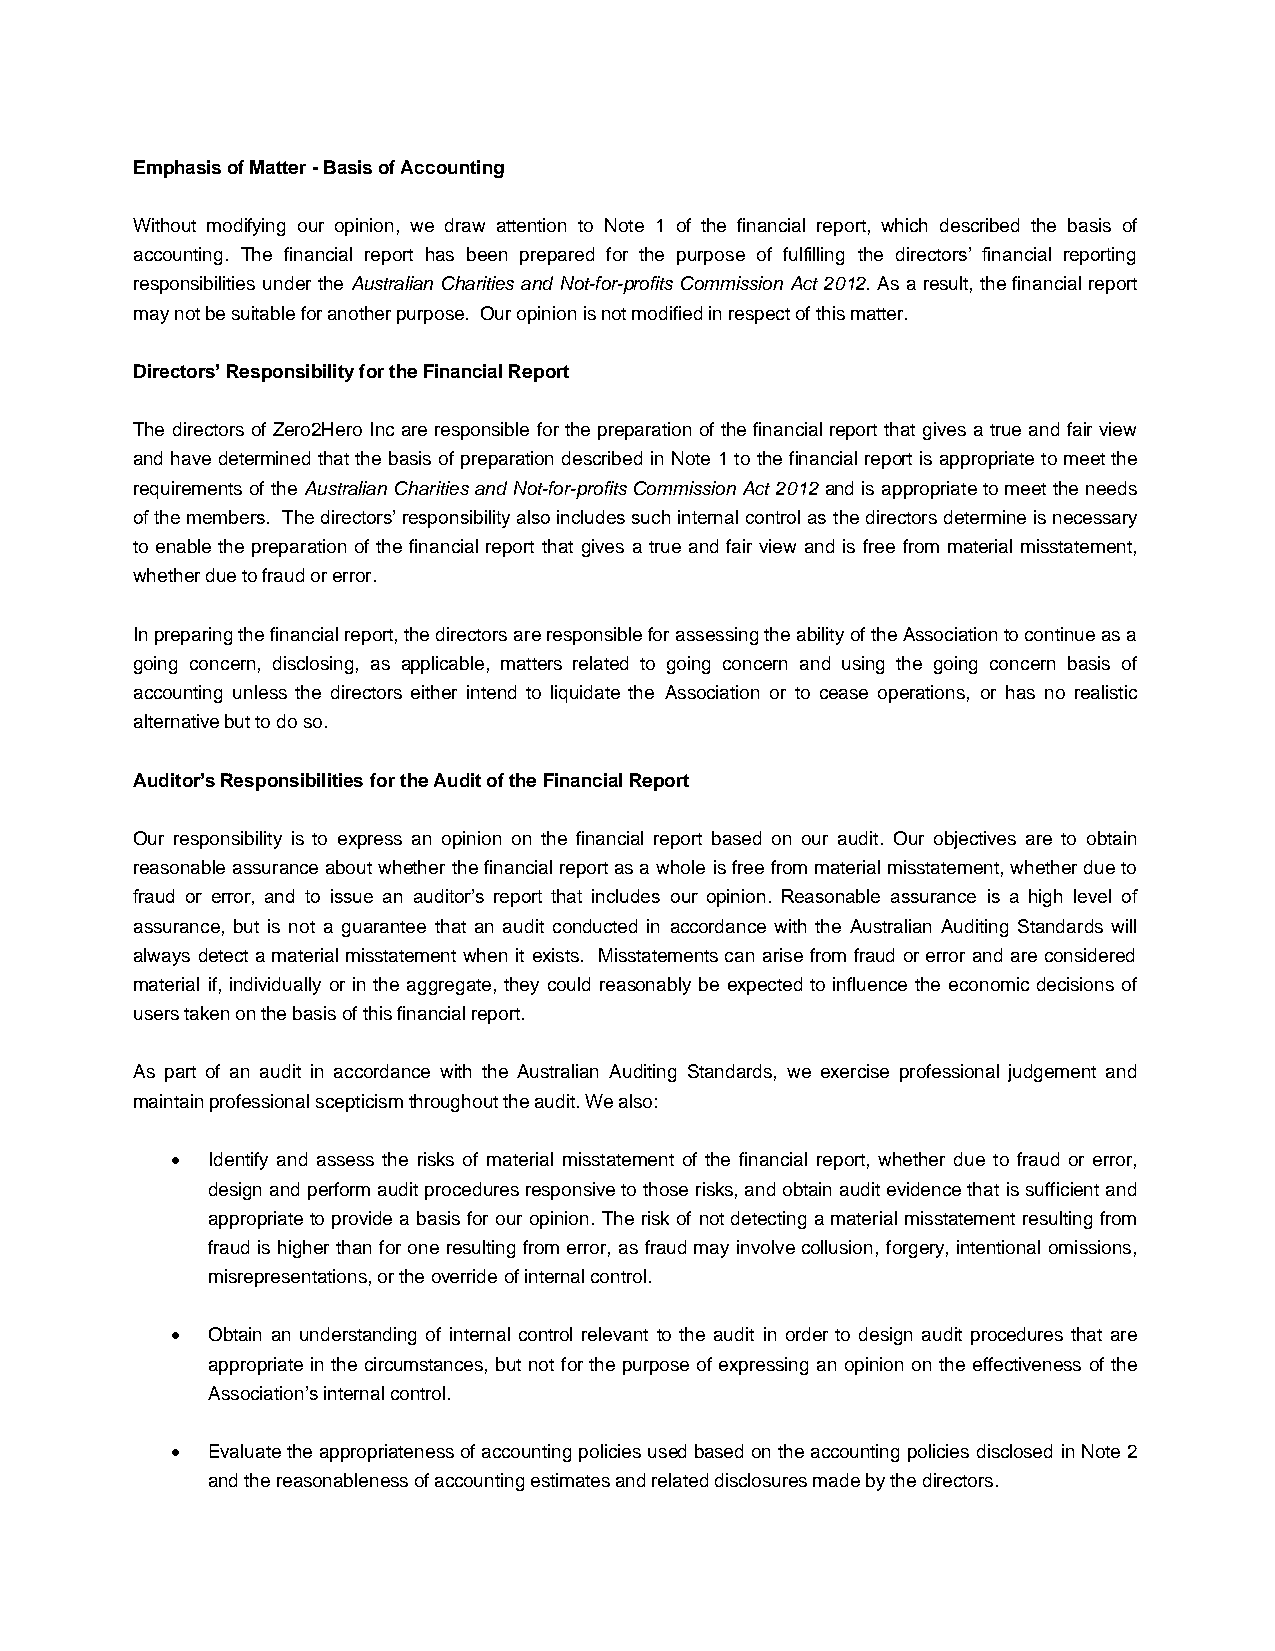
Emphasis of Matter - Basis of Accounting
 Without modifying our opinion, we draw attention to Note 1 of the financial report, which described the basis of
 accounting. The financial report has been prepared for the purpose of fulfilling the directors’ financial reporting
 responsibilities under the Australian Charities and Not-for-profits Commission Act 2012. As a result, the financial report
 may not be suitable for another purpose. Our opinion is not modified in respect of this matter.
 Directors’ Responsibility for the Financial Report
 The directors of Zero2Hero Inc are responsible for the preparation of the financial report that gives a true and fair view
 and have determined that the basis of preparation described in Note 1 to the financial report is appropriate to meet the
 requirements of the Australian Charities and Not-for-profits Commission Act 2012 and is appropriate to meet the needs
 of the members. The directors’ responsibility also includes such internal control as the directors determine is necessary
 to enable the preparation of the financial report that gives a true and fair view and is free from material misstatement,
 whether due to fraud or error.
 In preparing the financial report, the directors are responsible for assessing the ability of the Association to continue as a
 going concern, disclosing, as applicable, matters related to going concern and using the going concern basis of
 accounting unless the directors either intend to liquidate the Association or to cease operations, or has no realistic
 alternative but to do so.
 Auditor’s Responsibilities for the Audit of the Financial Report
 Our responsibility is to express an opinion on the financial report based on our audit. Our objectives are to obtain
 reasonable assurance about whether the financial report as a whole is free from material misstatement, whether due to
 fraud or error, and to issue an auditor’s report that includes our opinion. Reasonable assurance is a high level of
 assurance, but is not a guarantee that an audit conducted in accordance with the Australian Auditing Standards will
 always detect a material misstatement when it exists. Misstatements can arise from fraud or error and are considered
 material if, individually or in the aggregate, they could reasonably be expected to influence the economic decisions of
 users taken on the basis of this financial report.
 As part of an audit in accordance with the Australian Auditing Standards, we exercise professional judgement and
 maintain professional scepticism throughout the audit. We also:
 •  Identify and assess the risks of material misstatement of the financial report, whether due to fraud or error,
 design and perform audit procedures responsive to those risks, and obtain audit evidence that is sufficient and
 appropriate to provide a basis for our opinion. The risk of not detecting a material misstatement resulting from
 fraud is higher than for one resulting from error, as fraud may involve collusion, forgery, intentional omissions,
 misrepresentations, or the override of internal control.
 •  Obtain an understanding of internal control relevant to the audit in order to design audit procedures that are
 appropriate in the circumstances, but not for the purpose of expressing an opinion on the effectiveness of the
 Association’s internal control.
 •  Evaluate the appropriateness of accounting policies used based on the accounting policies disclosed in Note 2
 and the reasonableness of accounting estimates and related disclosures made by the directors.